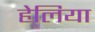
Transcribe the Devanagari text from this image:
हेलिया